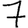
Digit: 7